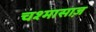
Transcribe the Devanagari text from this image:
चश्मासाज़